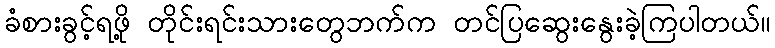
ခံစားခွင့်ရဖို့ တိုင်းရင်းသားတွေဘက်က တင်ပြဆွေးနွေးခဲ့ကြပါတယ်။